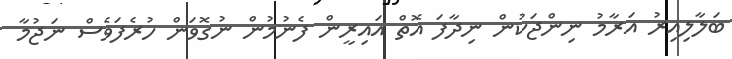
ބަލާލިއިރު އަރާމު ނިންޖަކުން ނިދާފަ އޮތް އައިރީން ފެނުމުން ނުގޮވަން ހުރެފަވެސް ނަޖުމާ